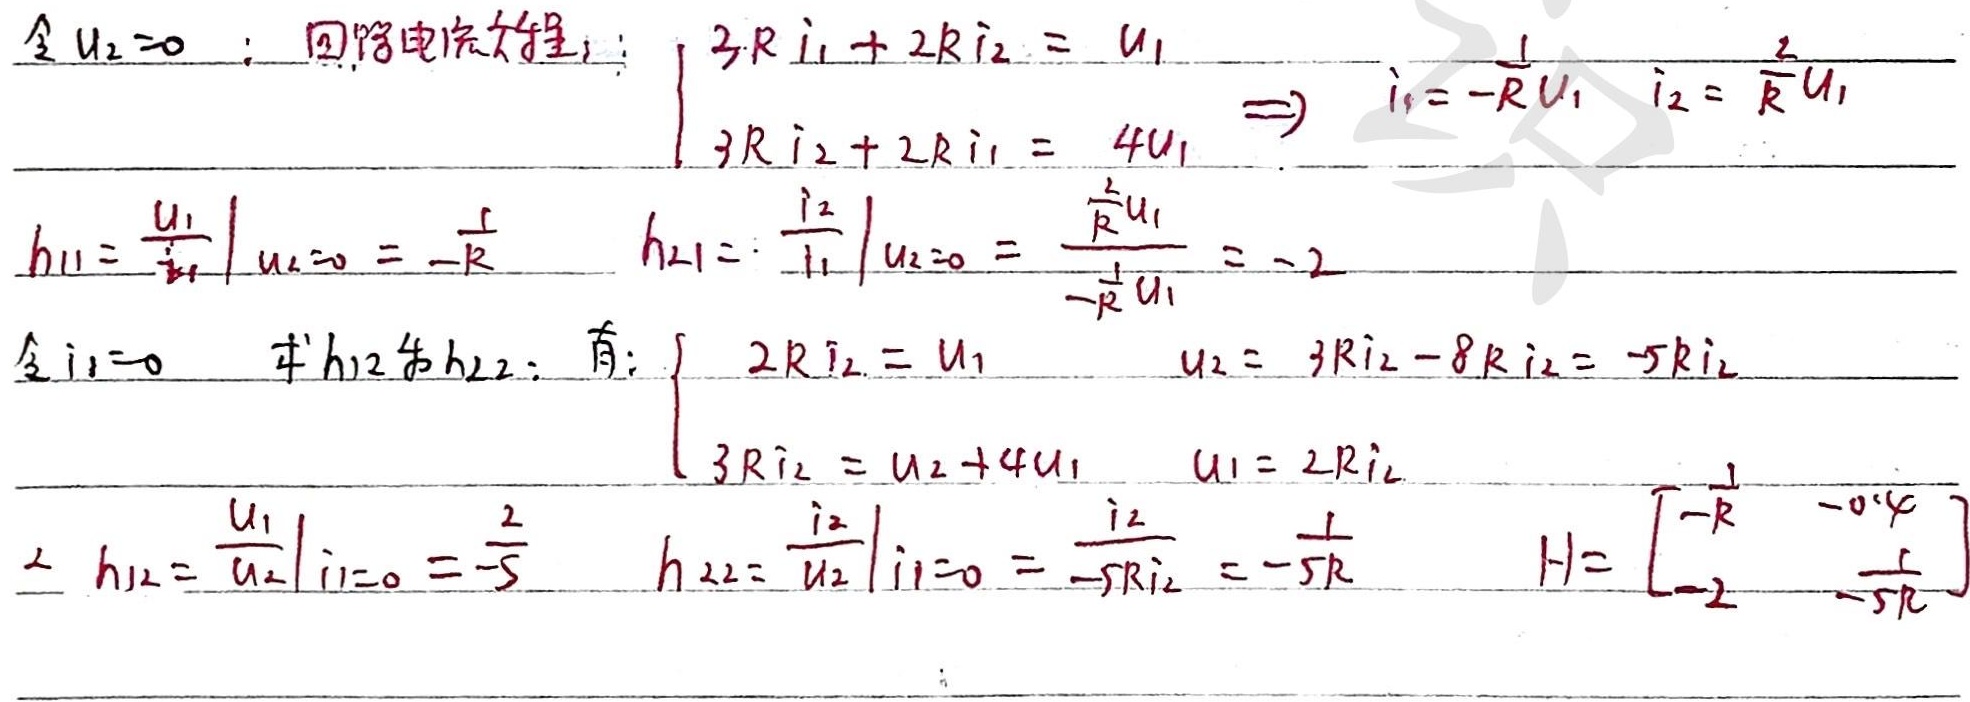
令 \(U_2 = 0\)：回路电流方程：
\(\begin{cases}
3Ri_1 + 2Ri_2 = U_1\\
3Ri_2 + 2Ri_1 = 4U_1
\end{cases}\Rightarrow i_1=-\frac{1}{R}U_1\ i_2 = \frac{2}{R}U_1\)

\(h_{11}=\left.\frac{U_1}{i_1}\right|_{U_2 = 0}=-R\)
\(h_{21}=\left.\frac{i_2}{i_1}\right|_{U_2 = 0}=\frac{\frac{2}{R}U_1}{-\frac{1}{R}U_1}=-2\)

令 \(i_1 = 0\) 求\(h_{12}\)与\(h_{22}\)：有：
\(\begin{cases}
2Ri_2 = U_1\\
3Ri_2 = U_2 + 4U_1
\end{cases}\)
\(U_2 = 3Ri_2-8Ri_2=-5Ri_2\)
\(U_1 = 2Ri_2\)

\(h_{12}=\left.\frac{U_1}{U_2}\right|_{i_1 = 0}=-\frac{2}{5}\)
\(h_{22}=\left.\frac{i_2}{U_2}\right|_{i_1 = 0}=\frac{i_2}{-5Ri_2}=-\frac{1}{5R}\)
\(H=\begin{bmatrix}
-R& - 0.4\\
-2&-\frac{1}{5R}
\end{bmatrix}\)